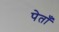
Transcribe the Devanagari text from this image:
पेताँ